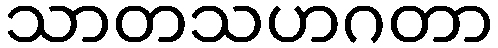
သာတသဟဂတာ